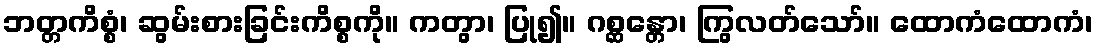
ဘတ္တကိစ္စံ၊ ဆွမ်းစားခြင်းကိစ္စကို။ ကတွာ၊ ပြု၍။ ဂစ္ဆန္တော၊ ကြွလတ်သော်။ ထောကံထောကံ၊